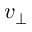
v _ { \perp }